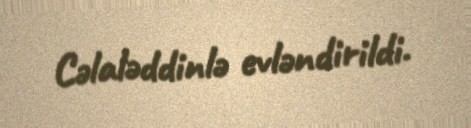
Cəlaləddinlə evləndirildi.